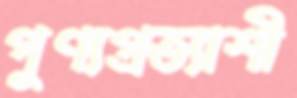
পুণ্যপ্রত্যাশী